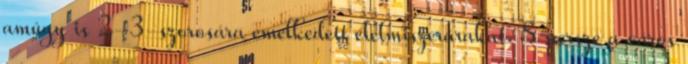
amúgy is 2-3-szorosára emelkedett élelmiszerárakat. S persze a város